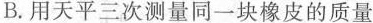
B. 用天平三次测量同一块橡皮的质量